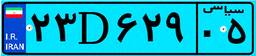
۳۰D۷۲۳۳۷